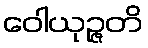
ဝေါယုဉ္ဇတိ